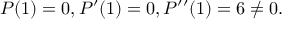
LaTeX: P ( 1 ) = 0 , P ^ { \prime } ( 1 ) = 0 , P ^ { \prime \prime } ( 1 ) = 6 \neq 0 .